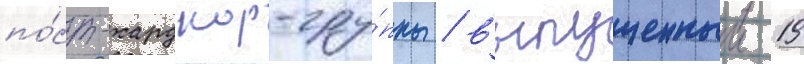
по́ст-хардкор-гру́ппы / выпущенныи 19